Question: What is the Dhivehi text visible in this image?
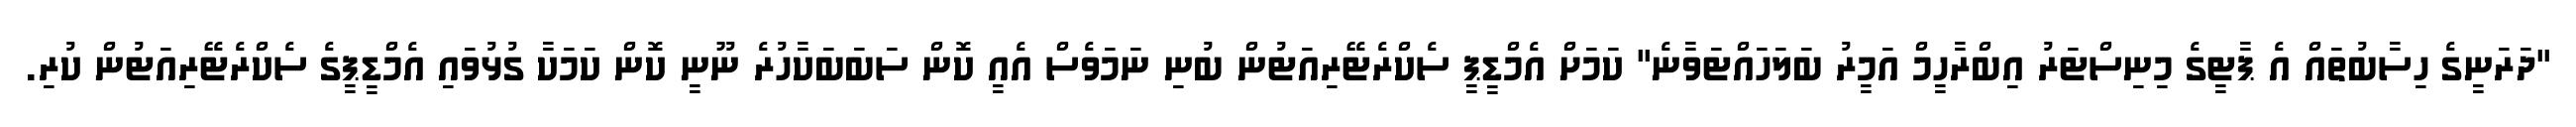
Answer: "ދަރަނީގެ ހިސާބުތައް އެ ޕާޓީގެ މިނިސްޓަރު އިބްރާހީމް އަމީރު ބަލަހައްޓަވާނެ" ކަމަށް އެމްޑީޕީ ސެކްރެޓޭރިއަޓުން ބުނި ނަމަވެސް އެއީ ކޮން ސަބަބަކާހުރެ ނޫނީ ކޮން ކަމަކާ ގުޅުވައި އެމްޑީޕީގެ ސެކްރެޓޭރިއަޓުން ކުރި.